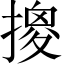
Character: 𱠮